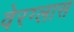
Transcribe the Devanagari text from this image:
वेरग्लास